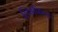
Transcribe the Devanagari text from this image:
लिचफिल्ड